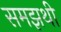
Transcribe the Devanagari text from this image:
समझथी